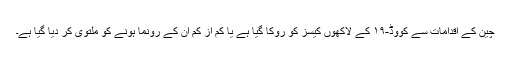
چین کے اقدامات سے کووڈ-۱۹ کے لاکھوں کیسز کو روکا گیا ہے یا کم از کم ان کے رونما ہونے کو ملتوی کر دیا گیا ہے۔